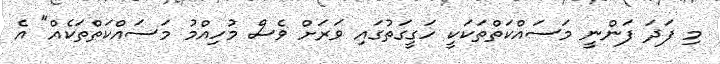
މި ފަދަ ފަންނީ މަސައްކަތްތަކަކީ ހަގީގަތުގައި ވަރަށް ވެސް މުހިއްމު މަސައްކަތްތަކެއް" އެ